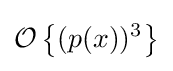
\operatorname {\mathcal {O}} {\bigl \{}(p(x))^{3}{\bigr \}}